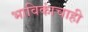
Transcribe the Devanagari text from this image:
भाविकांचाही